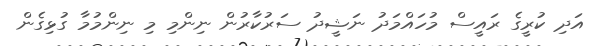
އަދި ކުރީގެ ރައީސް މުހައްމަދު ނަޝީދު ސަރުކާރުން ނިންމި މި ނިންމުމާ ގުޅިގެން